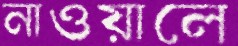
নাওয়ালে